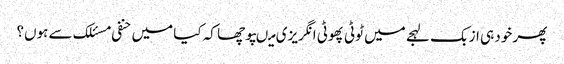
پھر خود ہی ازبک لہجے میں ٹوٹی پھوٹی انگریزی میںپوچھا کہ کیا میں حنفی مسئلک سے ہوں؟